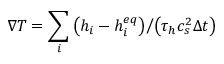
\nabla T = { { \sum _ { i } { \left( { { h _ { i } } - h _ { i } ^ { e q } } \right) } } \mathord { \left/ { \vphantom { { \sum _ { i } { \left( { { h _ { i } } - h _ { i } ^ { e q } } \right) } } { \left( { { \tau _ { h } } c _ { s } ^ { 2 } \Delta t } \right) } } } \right. \kern - \nulldelimiterspace } { \left( { { \tau _ { h } } c _ { s } ^ { 2 } \Delta t } \right) } }